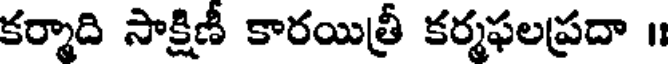
కర్మాది సాక్షిణీ కారయిత్రీ కర్మఫలప్రదా ॥